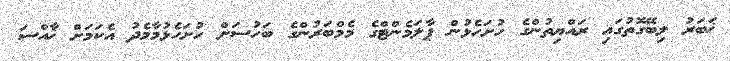
ޚަބަރު ލިބޭގޮތުގައި ރައްޔިތުންގެ ހުށަހެޅުން ޕާލަމެންޓްގެ މެމްބަރުންގެ ބަހުސަށް ހުށަހެޅުމާމެދު އެކަމަށް ޚާއްސަ